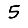
Digit: 5